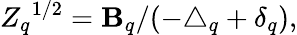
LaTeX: {Z_{q}}^{1/2}={\mathbf{B}_{q}/(-\triangle_{q}+\delta_{q})},